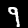
Label: 9